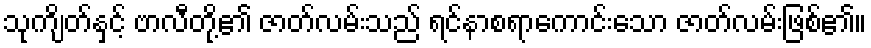
သုကျိတ်နှင့် ဗာလီတို့၏ ဇာတ်လမ်းသည် ရင်နာစရာကောင်းသော ဇာတ်လမ်းဖြစ်၏။